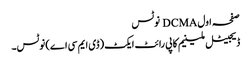
صفحہ اول DCMA نوٹس
ڈیجیٹل ملینیم کاپی رائٹ ایکٹ (ڈی ایم سی اے) نوٹس۔